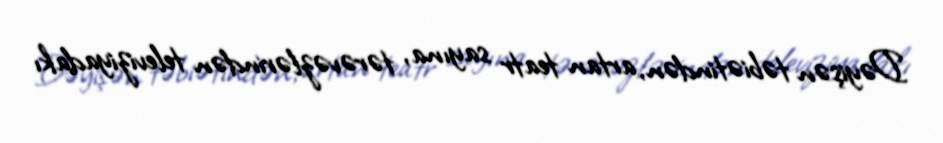
Dəyişən təbiətindən, artan teatr sayına, tərəvəzlərindən televiziyadakı